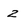
Character: 2